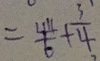
= \frac { 4 4 } { 6 } + \frac { 3 } { 4 }